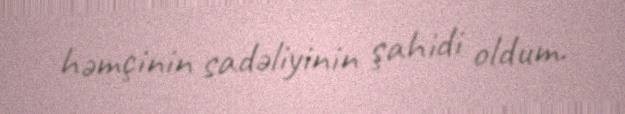
həmçinin sadəliyinin şahidi oldum.